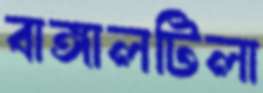
বাঙ্গালটিলা